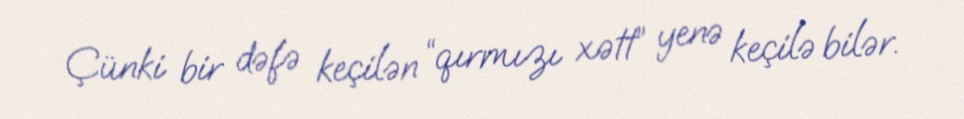
Çünki bir dəfə keçilən “qırmızı xətt” yenə keçilə bilər.